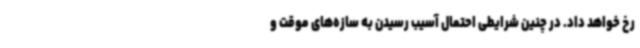
رخ خواهد داد. در چنین شرایطی احتمال آسیب رسیدن به سازه‌های موقت و